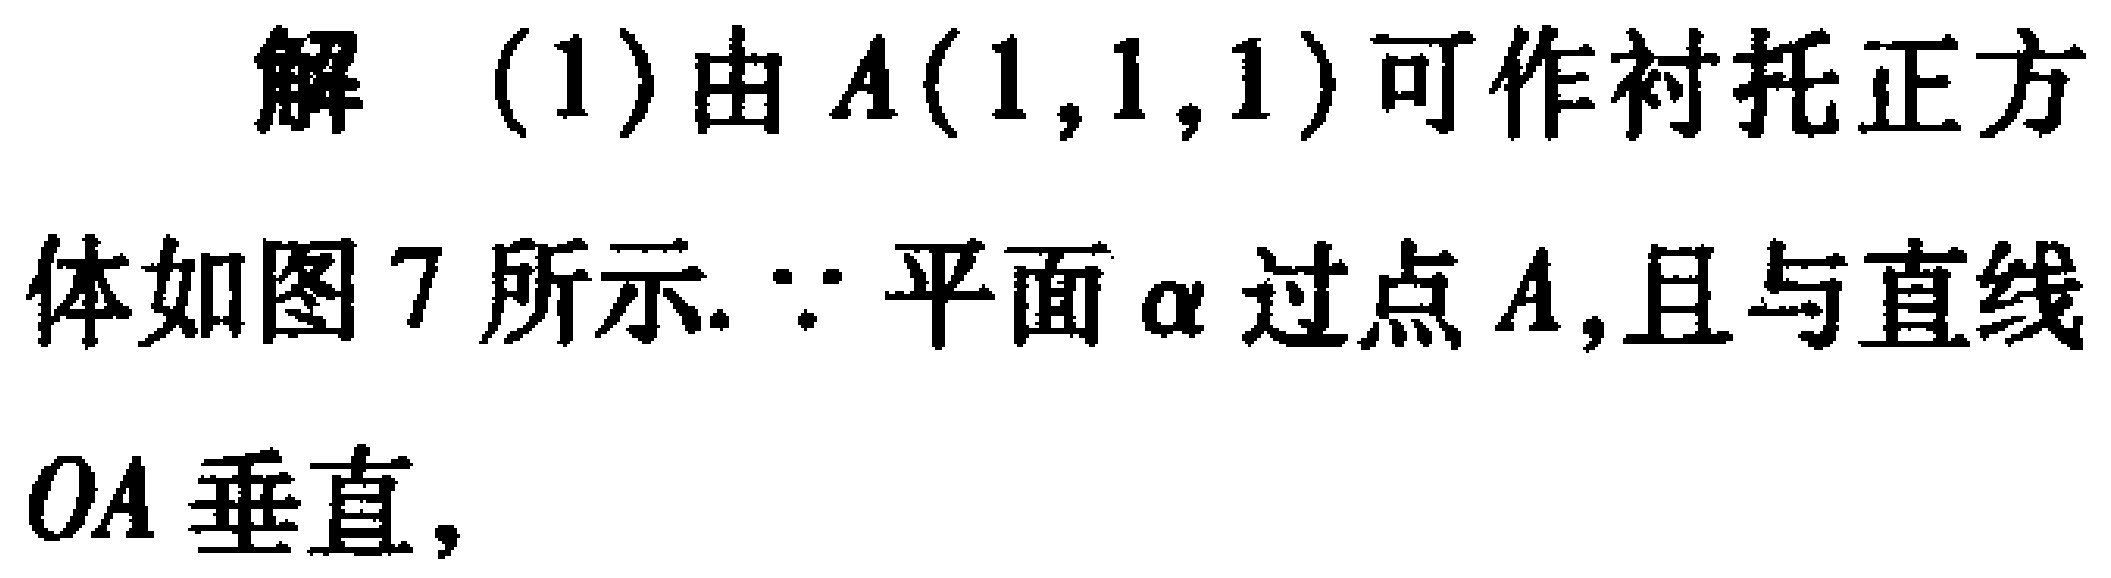
解 (1) 由 \(A(1,1,1)\) 可作衬托正方体如图 7 所示. \(\because\) 平面 \(\alpha\) 过点 \(A\),且与直线 \(OA\) 垂直,